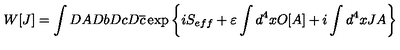
W [ J ] = \int D A D b D c D \overline { { c } } \exp \left\{ i S _ { e f f } + \varepsilon \int d ^ { 4 } x O [ A ] + i \int d ^ { 4 } x J A \right\}